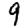
Digit: 9